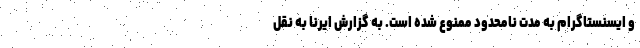
و ایسنستاگرام به مدت نامحدود ممنوع شده است. به گزارش ایرنا به نقل